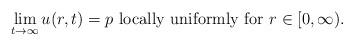
LaTeX: \begin{align*}\lim_{t\to\infty}u(r,t)=p \mbox{ locally uniformly for } r\in [0,\infty).\end{align*}